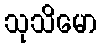
သုသိမော